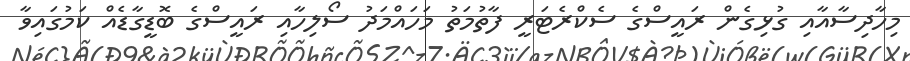
މިހާދިސާއާއި ގުޅިގެން ރައީސްގެ ސެކްރެޓަރީ ފާތުމަތު މަހައްމަދު ސޯލިހާއި ރައީސްގެ ބޮޑީގާޑެއް ކަމުގައިވާ